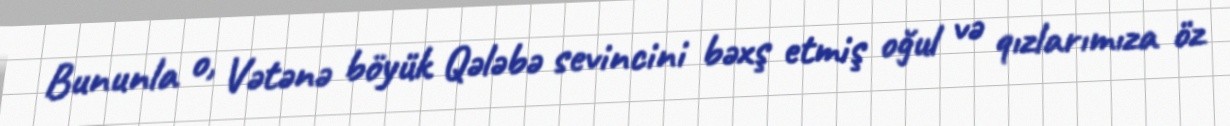
Bununla o, Vətənə böyük Qələbə sevincini bəxş etmiş oğul və qızlarımıza öz